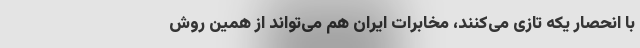
با انحصار یکه تازی می‌کنند، مخابرات ایران هم می‌تواند از همین روش